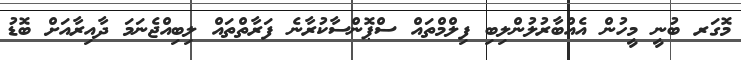
މޮގަރ ބުނީ މީހުން އެއްބާރުލުންލިބި ފިލްމްތައް ސްޕޮންސާކުރާނެ ފަރާތްތައް ލިބިއްޖެނަމަ ދާއިރާއަށް ބޮޑު